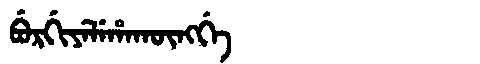
Manchu: ᠪᡠᡵᡤᡳᠶᡝᠯᡝᡥᠠᡴᡡᠩᡤᡝ
Romanization: BURGIYELEHAKŪNGGE